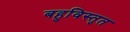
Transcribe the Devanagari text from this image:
बहुविस्तृत